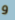
و